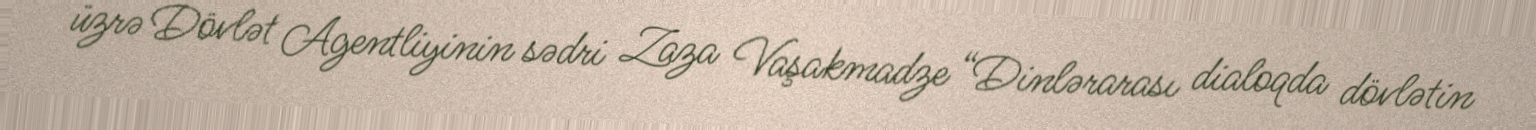
üzrə Dövlət Agentliyinin sədri Zaza Vaşakmadze “Dinlərarası dialoqda dövlətin